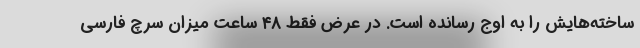
ساخته‌هایش را به اوج رسانده است. در عرض فقط ۴۸ ساعت میزان سرچ فارسی